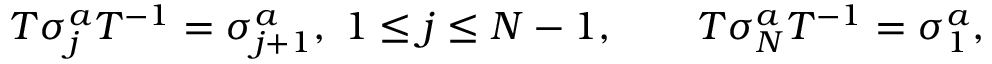
T \sigma _ { j } ^ { a } T ^ { - 1 } = \sigma _ { j + 1 } ^ { a } , \; 1 \le j \le N - 1 , \qquad T \sigma _ { N } ^ { a } T ^ { - 1 } = \sigma _ { 1 } ^ { a } ,